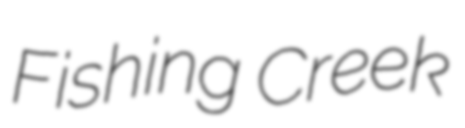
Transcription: Fishing Creek